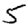
Digit: 5